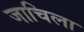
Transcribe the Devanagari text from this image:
जाचिला